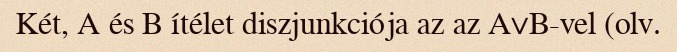
Két, A és B ítélet diszjunkciója az az A∨B-vel (olv.